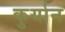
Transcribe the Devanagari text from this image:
कुर्यान